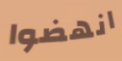
انهضوا